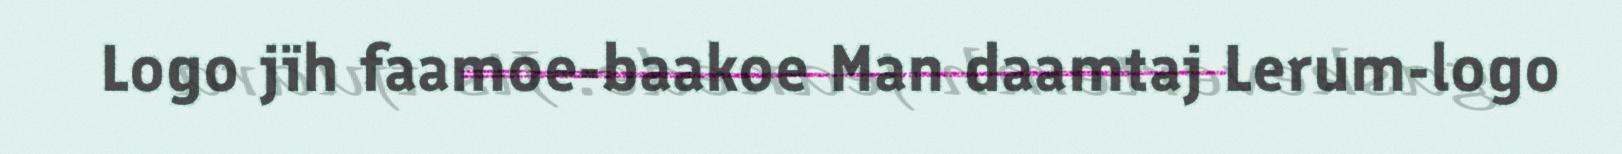
Logo jïh faamoe-baakoe Man daamtaj Lerum-logo